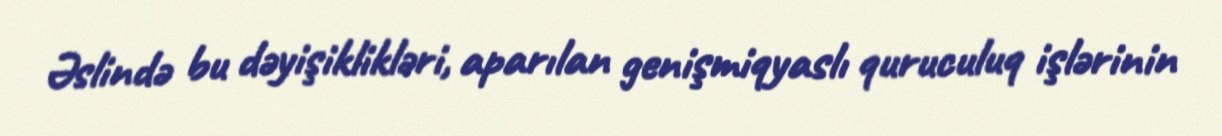
Əslində bu dəyişiklikləri, aparılan genişmiqyaslı quruculuq işlərinin